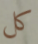
كل